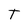
Character: t